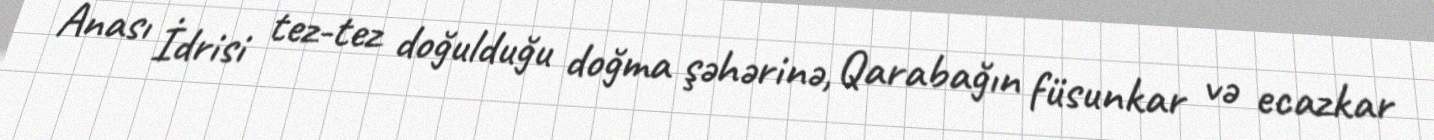
Anası İdrisi tez-tez doğulduğu doğma şəhərinə, Qarabağın füsunkar və ecazkar